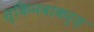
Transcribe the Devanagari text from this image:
स्किनवाकर्ज़